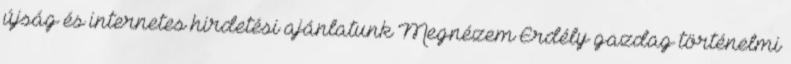
újság és internetes hirdetési ajánlatunk Megnézem Erdély gazdag történelmi